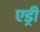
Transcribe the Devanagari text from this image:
एड्री